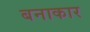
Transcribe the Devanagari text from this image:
बनाकार